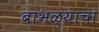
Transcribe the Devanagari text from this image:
बाभळ्याचा